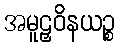
အမူဠှဝိနယဉ္စ